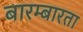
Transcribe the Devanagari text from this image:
बारम्‍बारता